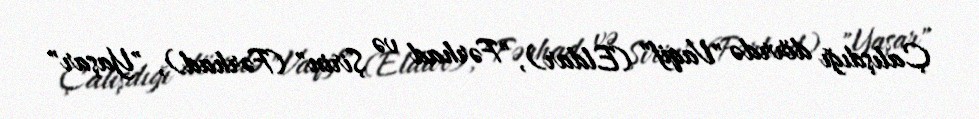
Çalışdığı dövrdə "Vaqif" (Eldar), "Fərhad və Şirin" (Fərhad), "Yaşar"